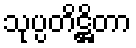
သုပ္ပတိဋ္ဌိတာ